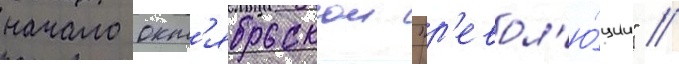
начало окт'ябрьскои "р'евол'ю́ции" //